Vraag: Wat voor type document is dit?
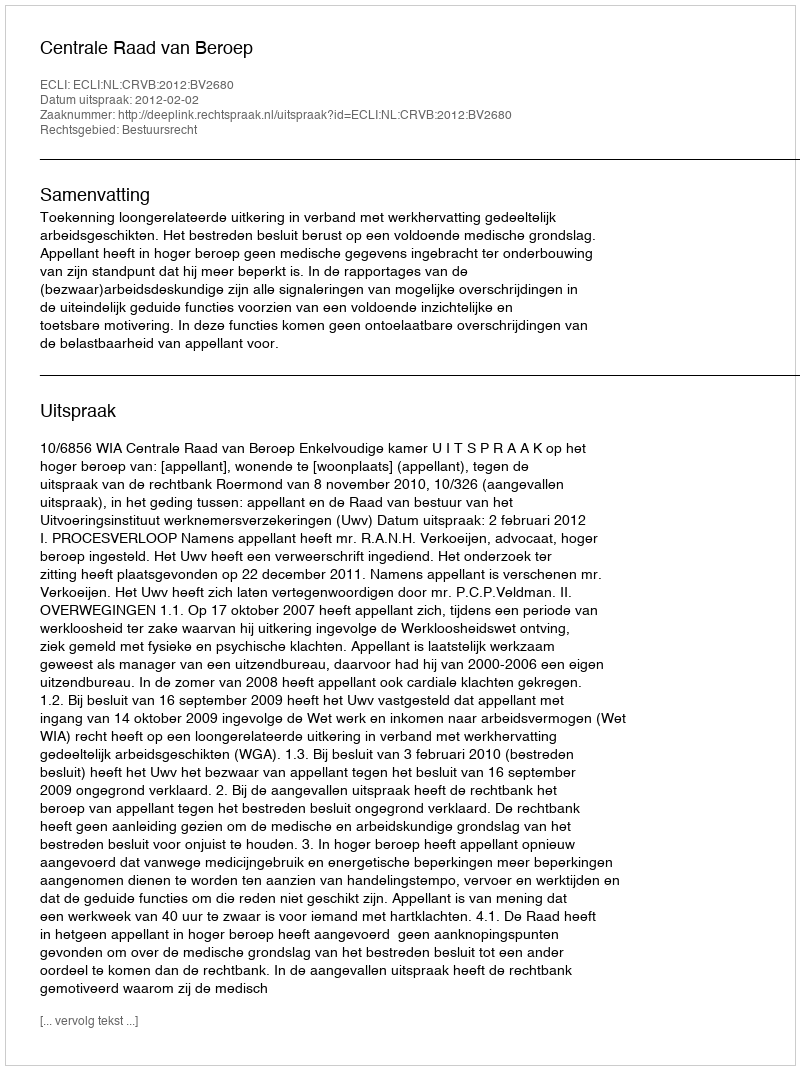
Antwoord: Uitspraak